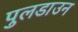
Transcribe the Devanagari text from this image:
पुलडाउन